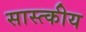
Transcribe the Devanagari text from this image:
सास्त्कीय